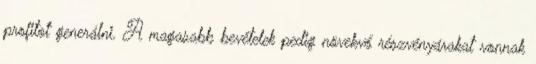
profitot generálni. A magasabb bevételek pedig növekvő részvényárakat vonnak